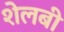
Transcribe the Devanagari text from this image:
शेलबी